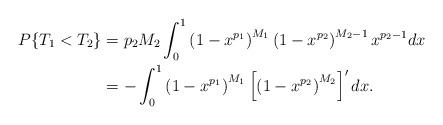
LaTeX: \begin{align*}P\{T_1 < T_2\}&= p_2 M_2 \int_0^1 \left(1 - x^{p_1}\right)^{M_1} \left(1 - x^{p_2}\right)^{M_2 - 1} x^{p_2 - 1} dx\\&= -\int_0^1 \left(1 - x^{p_1}\right)^{M_1} \left[\left(1 - x^{p_2}\right)^{M_2}\right]' dx.\end{align*}